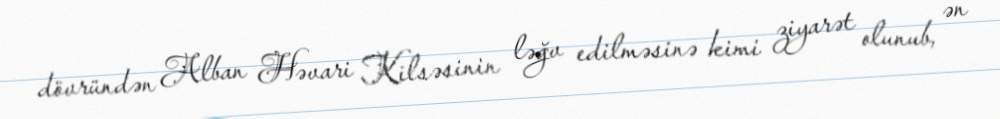
dövründən Alban Həvari Kilsəsinin ləğv edilməsinə kimi ziyarət olunub, ən